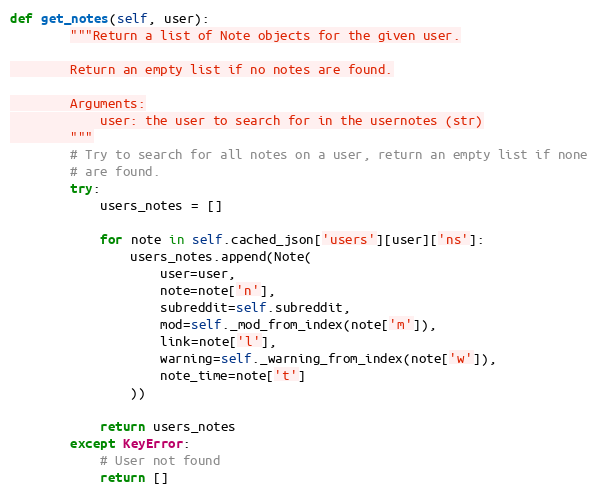
Language: Python
def get_notes(self, user):
        """Return a list of Note objects for the given user.

        Return an empty list if no notes are found.

        Arguments:
            user: the user to search for in the usernotes (str)
        """
        # Try to search for all notes on a user, return an empty list if none
        # are found.
        try:
            users_notes = []

            for note in self.cached_json['users'][user]['ns']:
                users_notes.append(Note(
                    user=user,
                    note=note['n'],
                    subreddit=self.subreddit,
                    mod=self._mod_from_index(note['m']),
                    link=note['l'],
                    warning=self._warning_from_index(note['w']),
                    note_time=note['t']
                ))

            return users_notes
        except KeyError:
            # User not found
            return []